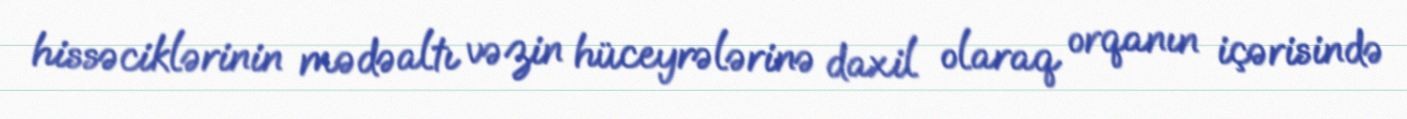
hissəciklərinin mədəaltı vəzin hüceyrələrinə daxil olaraq orqanın içərisində